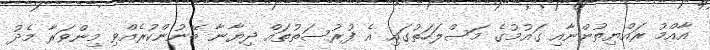
އާއްމު ރައްޔިތުންނާއި ގައުމުގެ މަސްލަހަތުގައި އެ ފުރުސަތުތައް ދިޔާނާ ބޭނުންކުރެއްވި މިންވަރާ މެދު